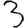
Digit: 3